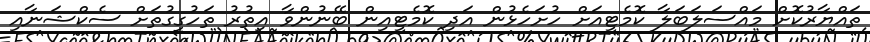
ތައްޔާރުކޮށް މައްސަލަބަލާ ކޮމެޓީއަށް ހުށަހެޅުން އަދި ކޮމެޓީއިން ބޭނުންވާ އިތުރު ތަހުގީގުތަށް ސެކްޝަނާއި